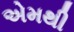
એમથી